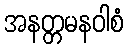
အနတ္တမနဝါစံ